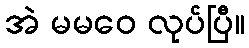
အဲ မမဝေ လုပ်ပြီ။